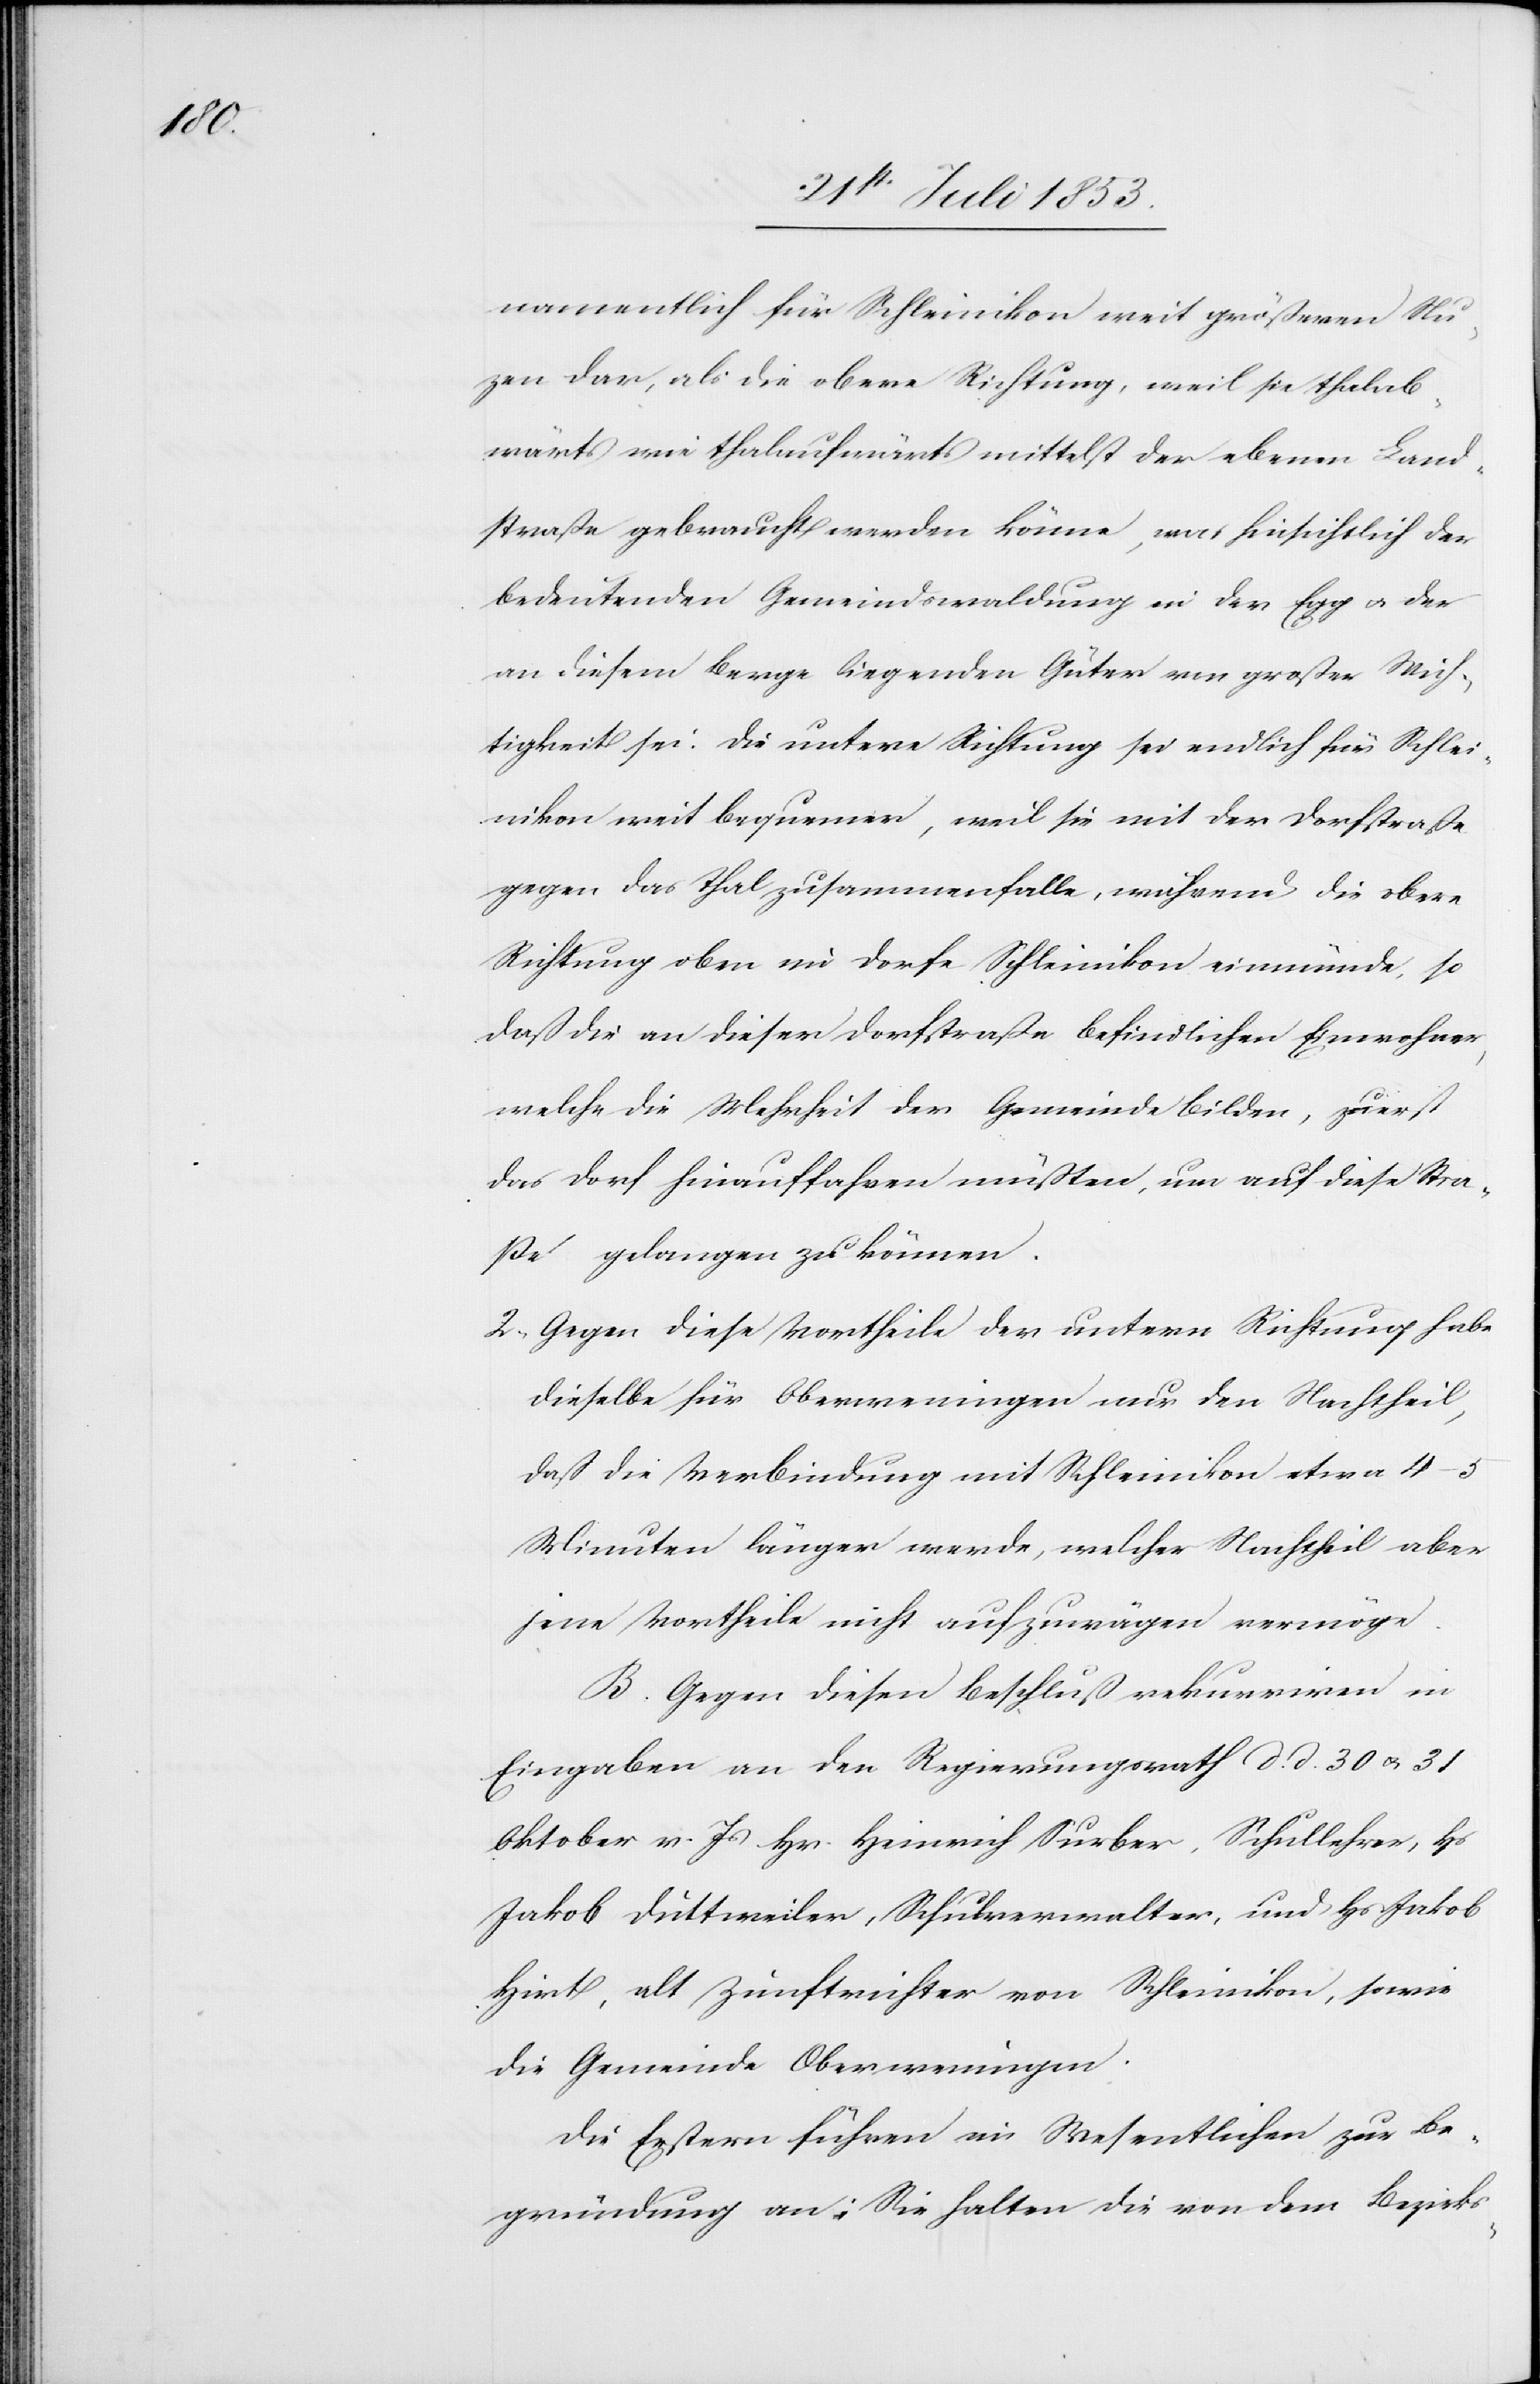
namentlich für Schleinikon weit größern Nut¬
zen dar, als die obere Richtung, weil sie thalab¬
wärts wie thalaufwärts mittelst der ebenen Land¬
straße gebraucht werden könne, was hinsichtlich der
bedeutenden Gemeindswaldung in der Egg u. der
an diesem Berge liegenden Güter von großer Wich¬
tigkeit sei. Die untere Richtung sei endlich für Schlei¬
nikon weit bequemer, weil sie mit der Dorfstraße
gegen das Thal zusammenfalle, während die obere
Richtung oben im Dorfe Schleinikon einmünde, so
daß die an dieser Dorfstraße befindlichen Einwohner,
welche die Mehrheit der Gemeinde bilden, zuerst
das Dorf hinauffahren müßten, um auf diese Stra¬
ße gelangen zu können.
2, Gegen diese Vortheile der untern Richtung habe
dieselbe für Oberweningen nur den Nachtheil,
daß die Verbindung mit Schleinikon etwa 4–5
Minuten länger werde, welcher Nachtheil aber
jene Vortheile nicht aufzuwägen vermöge.
B. Gegen diesen Beschluß rekurriren in
Eingaben an den Regierungsrath d. d. 30 u. 31
Oktober v. Js. Hr. Heinrich Surber, Schullehrer, Hs
Jakob Duttweiler, Schulverwalter, und Hs Jakob
Hirt, alt Zunftrichter von Schleinikon, sowie
die Gemeinde Oberweningen.
Die Erstern führen im Wesentlichen zur Be¬
gründung an; Sie halten die von dem Bezirks-